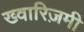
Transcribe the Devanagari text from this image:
ख्वारिज़मी